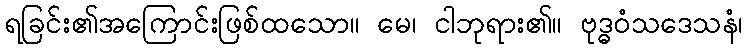
ရခြင်း၏အကြောင်းဖြစ်ထသော။ မေ၊ ငါဘုရား၏။ ဗုဒ္ဓဝံသဒေသနံ၊